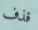
قذف